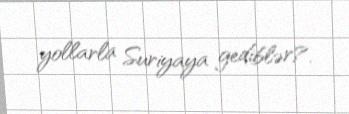
yollarla Suriyaya gediblər?.